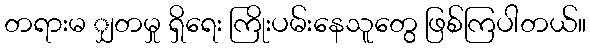
တရားမ ျှတမှု ရှိရေး ကြိုးပမ်းနေသူတွေ ဖြစ်ကြပါတယ်။